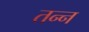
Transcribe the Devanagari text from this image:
तन्न